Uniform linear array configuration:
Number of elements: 64
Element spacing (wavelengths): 1
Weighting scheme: hann
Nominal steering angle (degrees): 45
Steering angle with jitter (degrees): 43.193
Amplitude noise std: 0.05
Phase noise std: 0.05

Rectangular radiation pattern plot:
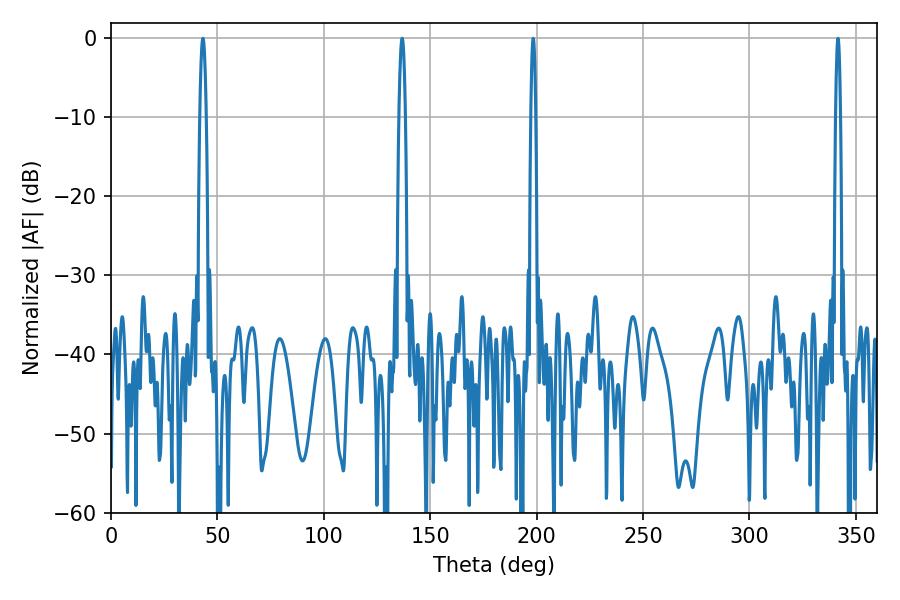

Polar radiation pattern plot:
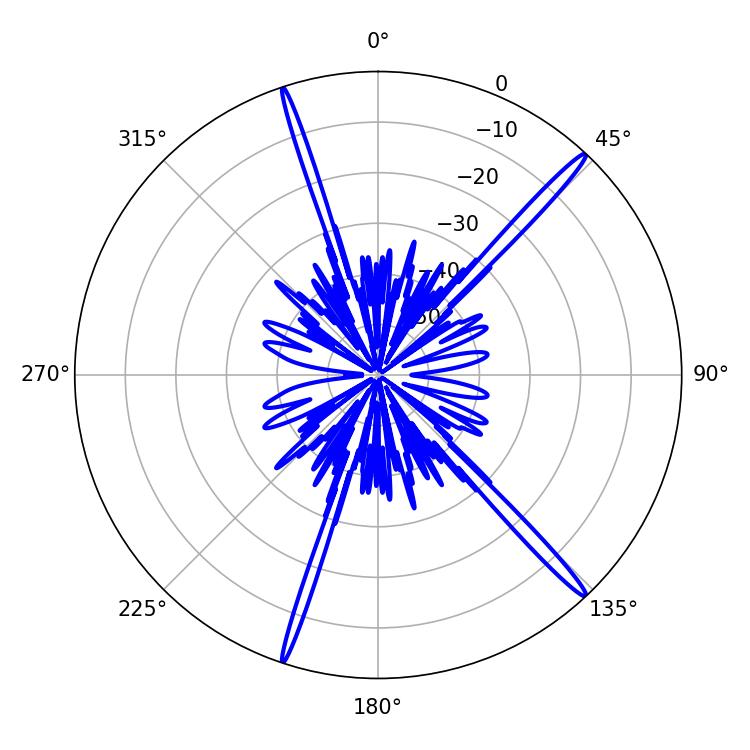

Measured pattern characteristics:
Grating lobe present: TRUE
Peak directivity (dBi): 18.444
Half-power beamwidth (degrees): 1.44
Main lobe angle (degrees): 136.8